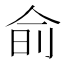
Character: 𬾊